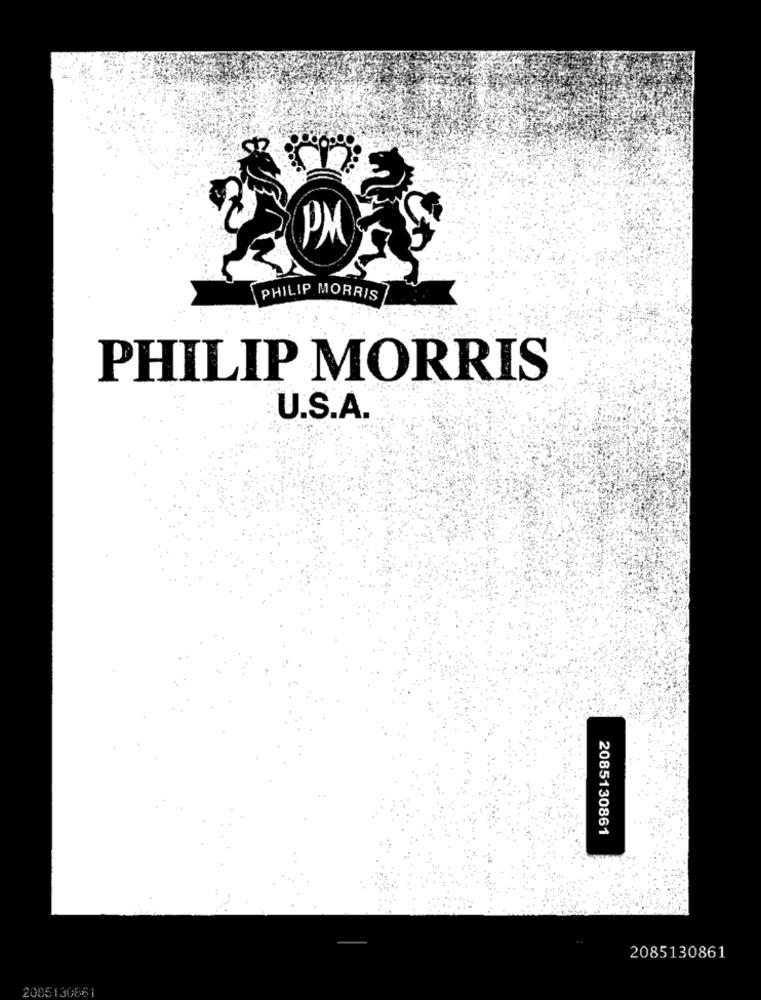
PM
PHILIP MORRIS
PHILIP MORRIS
U.S.A.
2085130861
2085130861
200513066